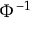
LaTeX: \Phi ^ { - 1 }